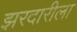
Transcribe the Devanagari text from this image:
झरदारीला